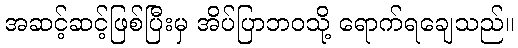
အဆင့်ဆင့်ဖြစ်ပြီးမှ အိပ်ပြာဘဝသို့ ရောက်ရချေသည်။